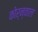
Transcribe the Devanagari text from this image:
कोर्न्वाल